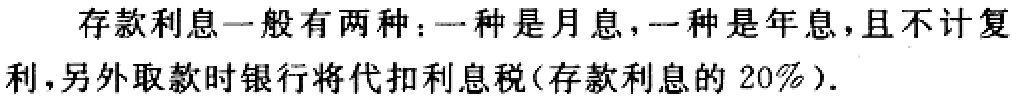
存款利息一般有两种：一种是月息，一种是年息，且不计复利，另外取款时银行将代扣利息税(存款利息的 20%)．